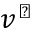
v ^ { \flat }